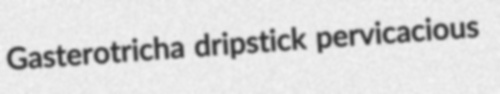
Gasterotricha dripstick pervicacious